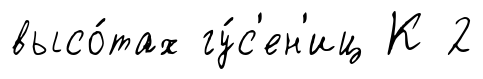
высо́тах гу́с'ен'иц К 2